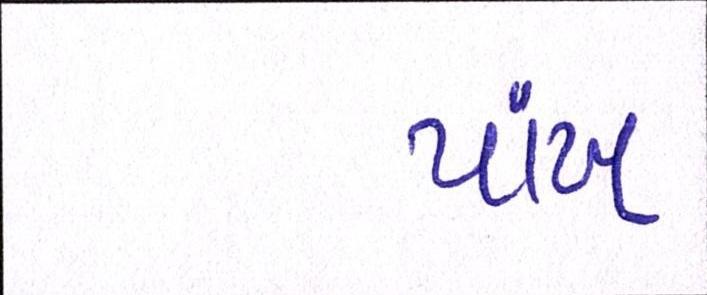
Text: પાંખ